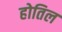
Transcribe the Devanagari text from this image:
होतिल